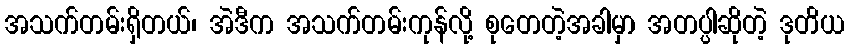
အသက်တမ်းရှိတယ်၊ အဲဒီက အသက်တမ်းကုန်လို့ စုတေတဲ့အခါမှာ အတပ္ပါဆိုတဲ့ ဒုတိယ